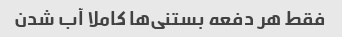
فقط هر دفعه بستنی‌ها کاملا آب شدن